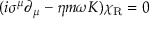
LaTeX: ( i \sigma ^ { \mu } \partial _ { \mu } - \eta m \omega K ) \chi _ { \mathrm { { R } } } = 0